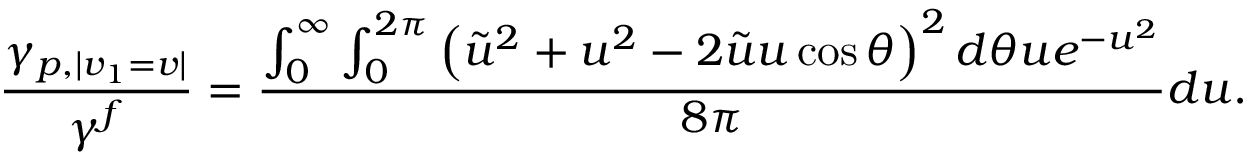
\frac { \gamma _ { p , | v _ { 1 } = v | } } { \gamma ^ { f } } = \frac { \int _ { 0 } ^ { \infty } \int _ { 0 } ^ { 2 \pi } \left( \tilde { u } ^ { 2 } + u ^ { 2 } - 2 \tilde { u } u \cos \theta \right) ^ { 2 } d \theta u e ^ { - u ^ { 2 } } } { 8 \pi } d u .